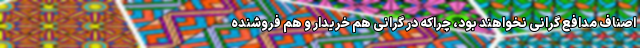
اصناف مدافع گرانی نخواهند بود، چراکه در گرانی هم خریدار و هم فروشنده